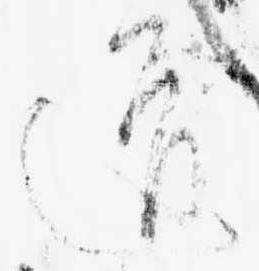
道